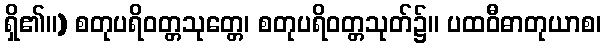
ရှိ၏။) စတုပရိဝတ္တသုတ္တေ၊ စတုပရိဝတ္တသုတ်၌။ ပထဝီဓာတုယာစ၊